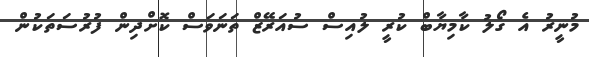
މުނީރު އެ ގޯލު ކާމިޔާބް ކުރީ ލުއިސް ސުއަރޭޒް ތަނަވަސް ކޮށްދިން ފުރުސަތަކުން